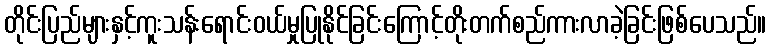
တိုင်းပြည်များနှင့်ကူးသန်းရောင်းဝယ်မှုပြုနိုင်ခြင်းကြောင့်တိုးတက်စည်ကားလာခဲ့ခြင်းဖြစ်ပေသည်။